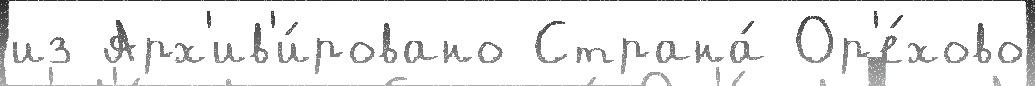
из Арх'ив'и́ровано Страна́ Ор'е́хово